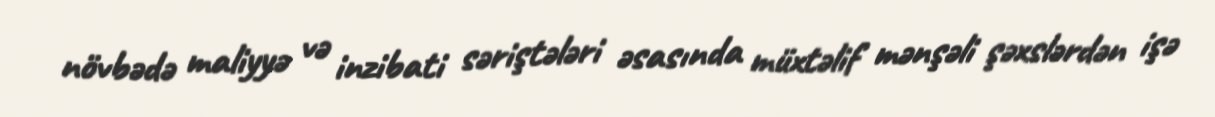
növbədə maliyyə və inzibati səriştələri əsasında müxtəlif mənşəli şəxslərdən işə